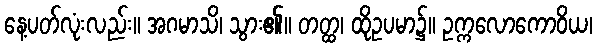
နေ့ပတ်လုံးလည်း။ အဂမာသိ၊ သွား၏။ တတ္ထ၊ ထိုဥပမာ၌။ ဥက္ကလောကောဝိယ၊